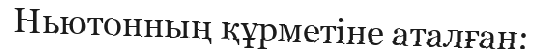
Ньютонның құрметіне аталған: